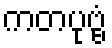
ကတပုဗ္ဗံ